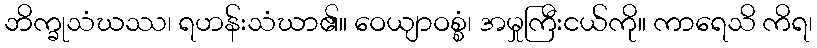
ဘိက္ခုသံဃဿ၊ ရဟန်းသံဃာ၏။ ဝေယျာဝစ္စံ၊ အမှုကြီးငယ်ကို။ ကာရေသိ ကိရ၊